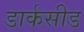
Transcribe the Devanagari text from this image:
डार्कसीड